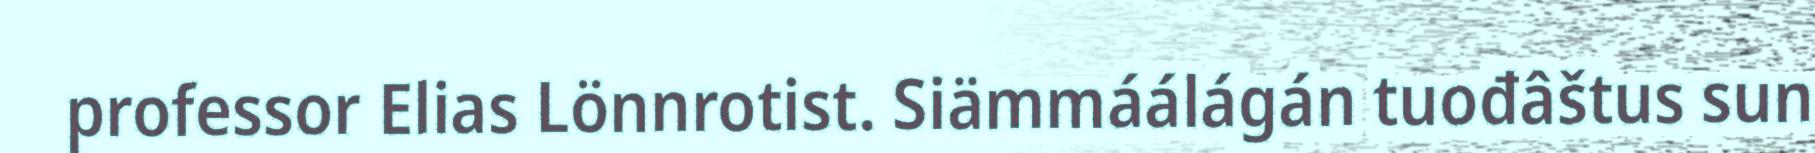
professor Elias Lönnrotist. Siämmáálágán tuođâštus sun